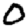
Digit: 0